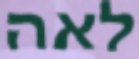
לאה